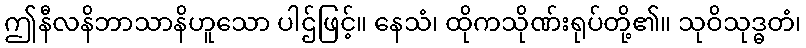
ဤနီလနိဘာသာနိဟူသော ပါဌ်ဖြင့်။ နေသံ၊ ထိုကသိုဏ်းရုပ်တို့၏။ သုဝိသုဒ္ဓတံ၊